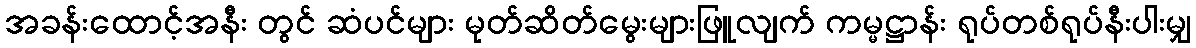
အခန်းထောင့်အနီး တွင် ဆံပင်များ မုတ်ဆိတ်မွေးများဖြူလျက် ကမ္မဋ္ဌာန်း ရုပ်တစ်ရုပ်နီးပါးမျှ